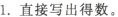
1.直接写出得数。